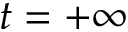
t = + \infty